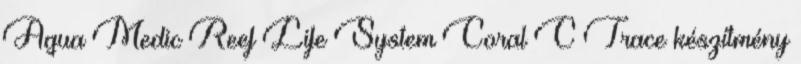
Aqua Medic Reef Life System Coral C Trace készítmény